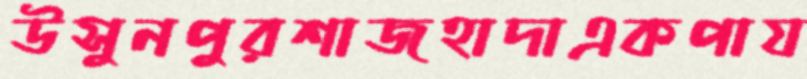
উসুনপুরশাজহাদাএকপায